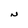
Character: N